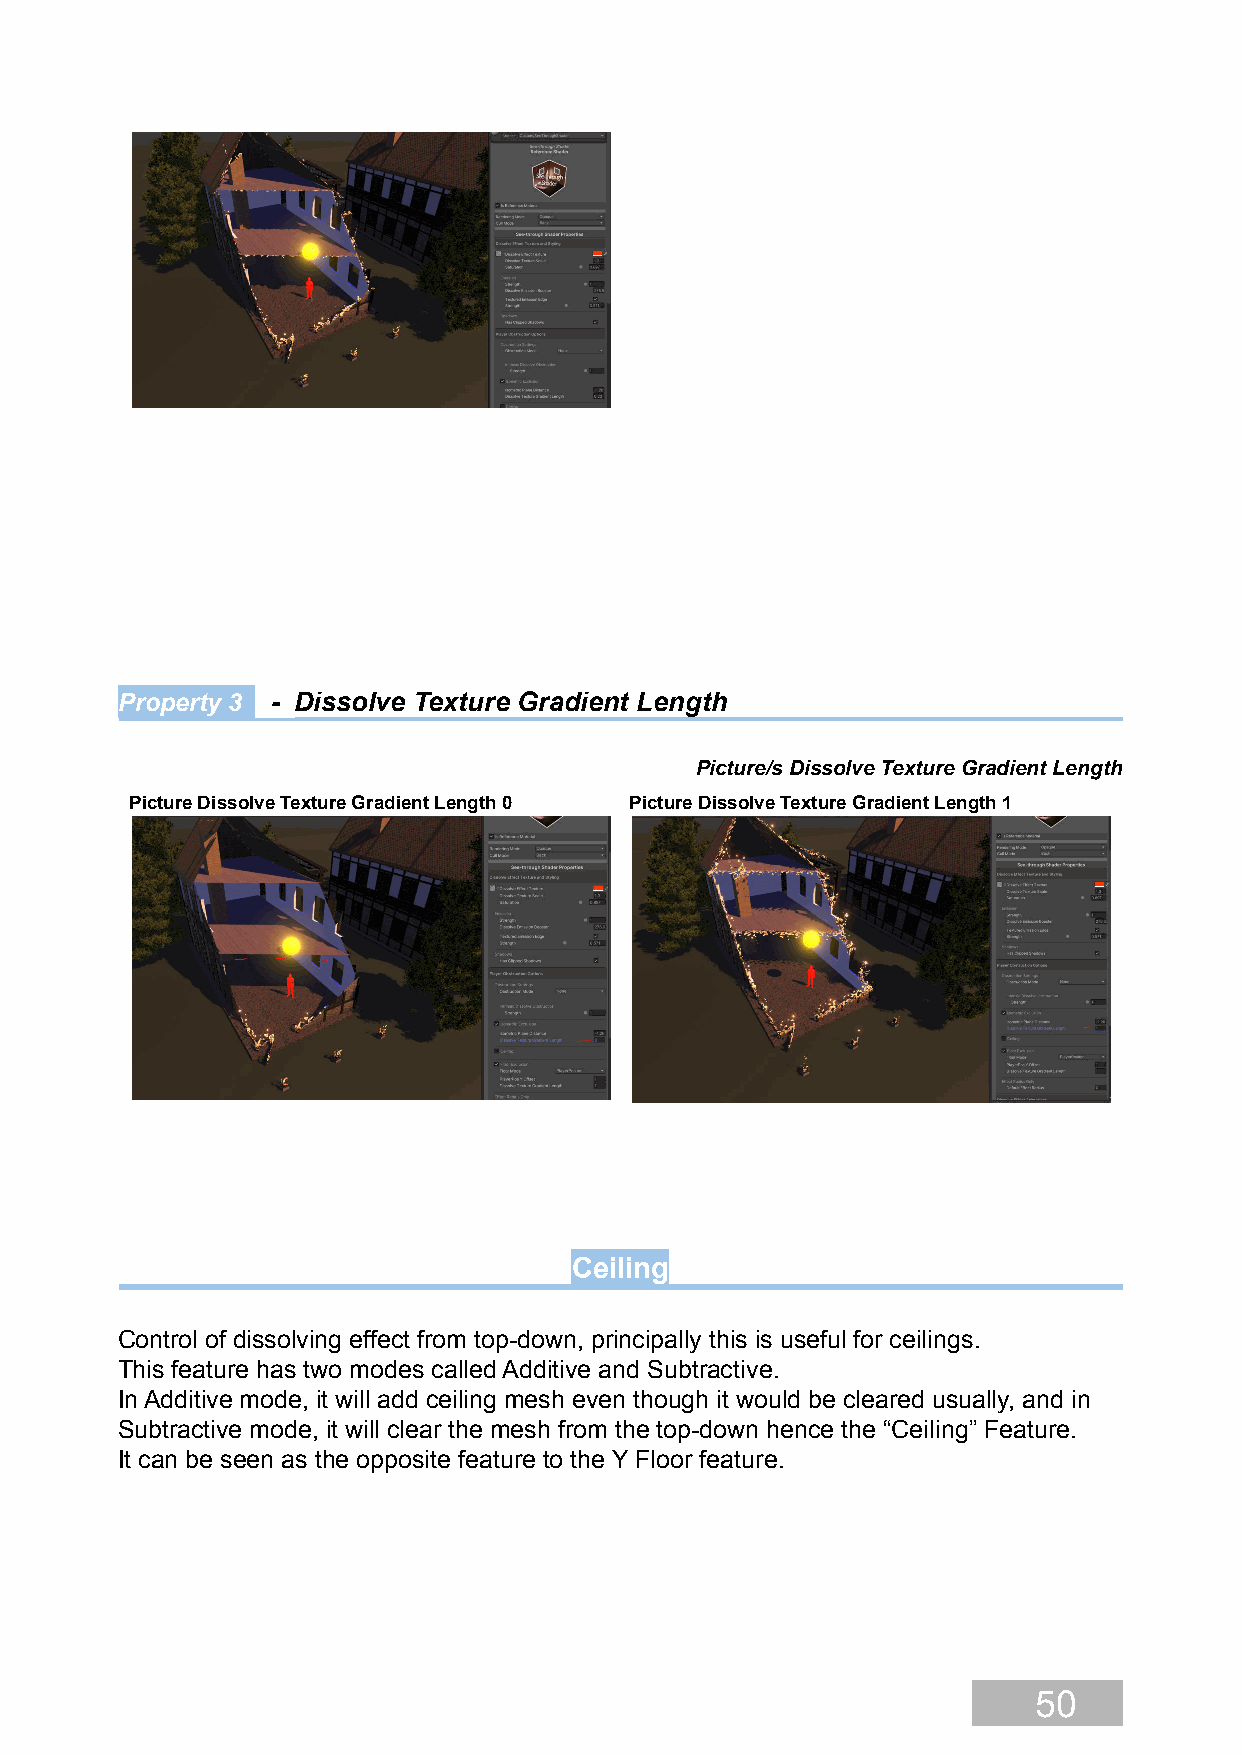
Property 3 - Dissolve Texture Gradient Length
 Picture/s Dissolve Texture Gradient Length
 Picture Dissolve Texture Gradient Length 0 Picture Dissolve Texture Gradient Length 1
 Ceiling
 Control of dissolving effect from top-down, principally this is useful for ceilings.
 This feature has two modes called Additive and Subtractive.
 In Additive mode, it will add ceiling mesh even though it would be cleared usually, and in
 Subtractive mode, it will clear the mesh from the top-down hence the “Ceiling” Feature.
 It can be seen as the opposite feature to the Y Floor feature.
 50